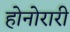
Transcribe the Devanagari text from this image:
होनोरारी